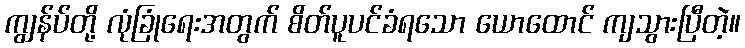
ကျွန်ပ်တို့ လုံခြုံရေးအတွက် စိတ်ပူပင်ခံရသော ယောထောင် ကျသွားပြီတဲ့။